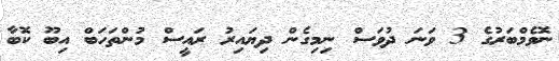
ނޮވެމްބަރުގެ 3 ވަނަ ދުވަސް ނިމިގެން ދިޔައިރު ރައީސް މުންތަހަބް އިބޫ ކޮބާ